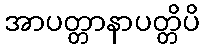
အာပတ္တာနာပတ္တိပိ